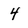
Character: 4